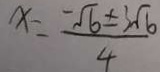
x = \frac { - \sqrt { 6 } \pm 3 \sqrt { 6 } } { 4 }